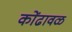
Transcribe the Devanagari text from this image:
कोंढावळ